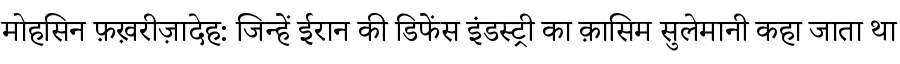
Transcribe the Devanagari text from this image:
मोहसिन फ़ख़रीज़ादेह: जिन्हें ईरान की डिफेंस इंडस्ट्री का क़ासिम सुलेमानी कहा जाता था